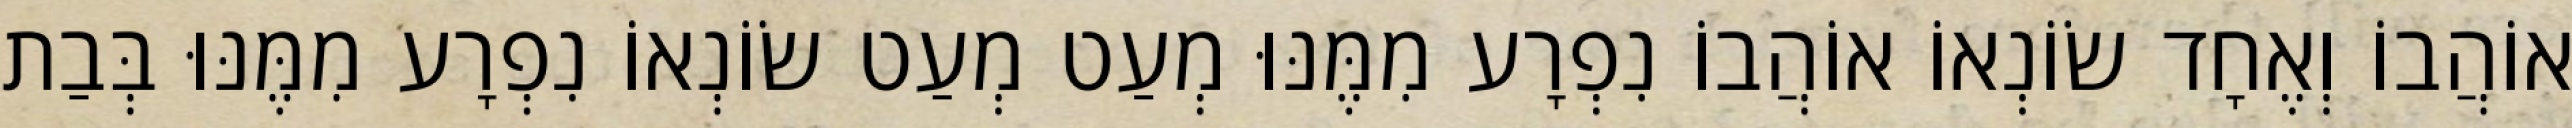
אוֹהֲבוֹ וְאֶחָד שׂוֹנְאוֹ אוֹהֲבוֹ נִפְרָע מִמֶּנּוּ מְעַט מְעַט שׂוֹנְאוֹ נִפְרָע מִמֶּנּוּ בְּבַת